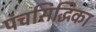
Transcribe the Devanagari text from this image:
पंचसिद्धिका